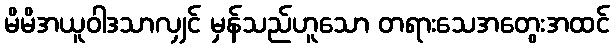
မိမိအယူဝါဒသာလျှင် မှန်သည်ဟူသော တရားသေအတွေးအထင်